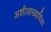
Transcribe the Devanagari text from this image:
अशीआख्यायिका